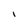
Character: I